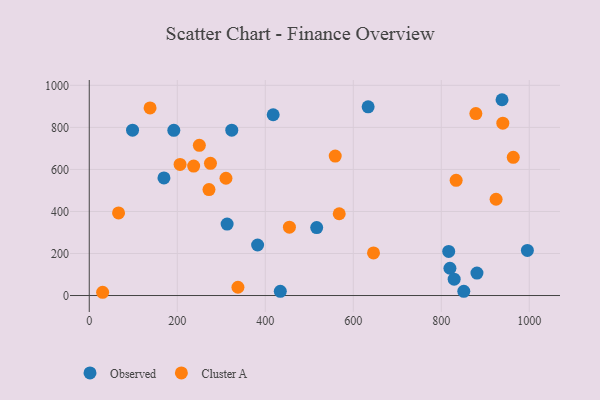
{"axis": {"x": "Speed", "y": "Fuel Efficiency"}, "legend": ["Cluster A", "Observed"], "data": [{"x": "819.7", "y": 129.9, "type": "Observed"}, {"x": "881.1", "y": 107.0, "type": "Observed"}, {"x": "434.2", "y": 20.1, "type": "Observed"}, {"x": "938.1", "y": 931.6, "type": "Observed"}, {"x": "192.2", "y": 786.0, "type": "Observed"}, {"x": "816.9", "y": 210.0, "type": "Observed"}, {"x": "851.2", "y": 19.9, "type": "Observed"}, {"x": "516.9", "y": 323.2, "type": "Observed"}, {"x": "418.0", "y": 860.1, "type": "Observed"}, {"x": "829.3", "y": 77.9, "type": "Observed"}, {"x": "98.4", "y": 786.5, "type": "Observed"}, {"x": "323.9", "y": 786.9, "type": "Observed"}, {"x": "633.8", "y": 897.8, "type": "Observed"}, {"x": "382.6", "y": 240.5, "type": "Observed"}, {"x": "995.7", "y": 214.6, "type": "Observed"}, {"x": "313.3", "y": 339.8, "type": "Observed"}, {"x": "169.8", "y": 559.5, "type": "Observed"}, {"x": "250.2", "y": 714.6, "type": "Cluster A"}, {"x": "924.6", "y": 458.0, "type": "Cluster A"}, {"x": "963.6", "y": 657.4, "type": "Cluster A"}, {"x": "646.0", "y": 202.8, "type": "Cluster A"}, {"x": "310.7", "y": 558.0, "type": "Cluster A"}, {"x": "272.1", "y": 504.1, "type": "Cluster A"}, {"x": "30.4", "y": 15.5, "type": "Cluster A"}, {"x": "878.6", "y": 865.8, "type": "Cluster A"}, {"x": "66.6", "y": 393.1, "type": "Cluster A"}, {"x": "559.0", "y": 663.4, "type": "Cluster A"}, {"x": "206.4", "y": 623.8, "type": "Cluster A"}, {"x": "454.9", "y": 325.0, "type": "Cluster A"}, {"x": "275.5", "y": 628.9, "type": "Cluster A"}, {"x": "568.1", "y": 389.1, "type": "Cluster A"}, {"x": "939.9", "y": 819.9, "type": "Cluster A"}, {"x": "833.8", "y": 548.1, "type": "Cluster A"}, {"x": "337.9", "y": 39.4, "type": "Cluster A"}, {"x": "237.3", "y": 616.0, "type": "Cluster A"}, {"x": "138.2", "y": 892.4, "type": "Cluster A"}]}